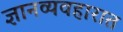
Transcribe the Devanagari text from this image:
ज्ञानव्यवहारात